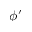
\phi ^ { \prime }